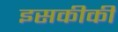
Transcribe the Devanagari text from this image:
इसकीकी